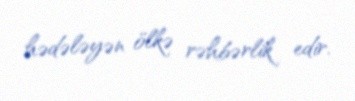
hədələyən ölkə rəhbərlik edir.